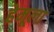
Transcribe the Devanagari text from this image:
हेमूला